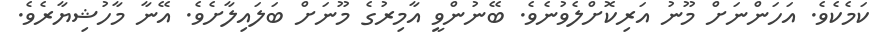
ކަމެކެވެ. އަހަންނަށް މޫނު އަރިކޮށްލެވުނެވެ. ބޭނުންވީ އާމިރުގެ މޫނަށް ބަލައިލާށެވެ. އޭނާ މާހުޝިޔާރެވެ.